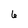
Character: 6